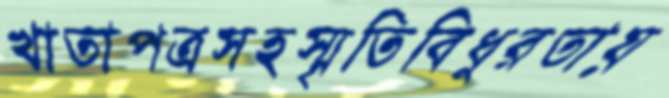
খাতাপত্রসহস্মৃতিবিধুরতায়